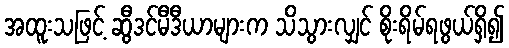
အထူးသဖြင့် ဆွီဒင်မီဒီယာများက သိသွားလျှင် စိုးရိမ်ရဖွယ်ရှိ၍